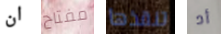
ان مفتاح تنقذها أد